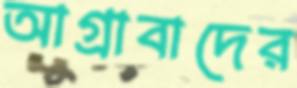
আগ্রাবাদের